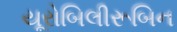
યૂરોબિલીરૂબિન